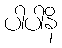
ပါပါနိ